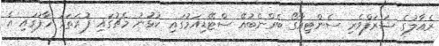
ރެއާލުގެ ޝަރަފްވެރި ސެންޓިއާގޯ ބެރްނެބުއޭ ސްޓޭޑިއަމުގައި ކުޅުނު މެޗުގައި ފުރަތަމަ ހާފުގައި އެ